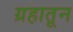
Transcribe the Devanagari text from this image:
ग्रहातून